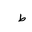
Letter: _da